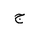
Letter: _gim